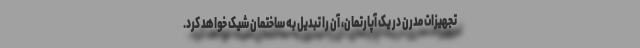
تجهیزات مدرن در یک آپارتمان، آن را تبدیل به ساختمان شیک خواهد کرد.